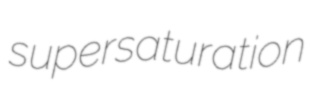
supersaturation